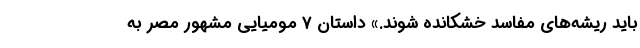
باید ریشه‌های مفاسد خشکانده شوند.» داستان ۷ مومیایی مشهور مصر به